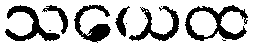
သယေထ